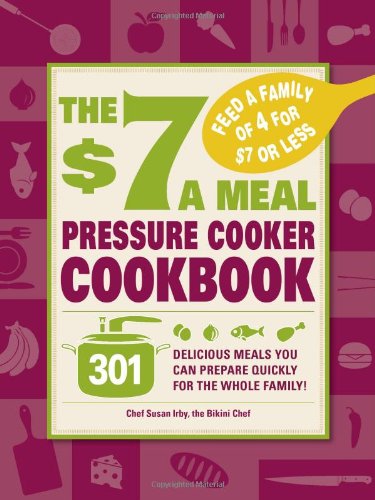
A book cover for The $7 a Meal Pressure Cooker Cookbook: 301 Delicious Meals You Can Prepare Quickly for the Whole Family; Susan Irby; Cookbooks, Food & Wine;